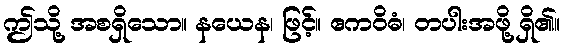
ဤသို့ အစရှိသော။ နယေန၊ ဖြင့်။ ဧကဝိဓံ၊ တပါးအဖို့ ရှိ၏။